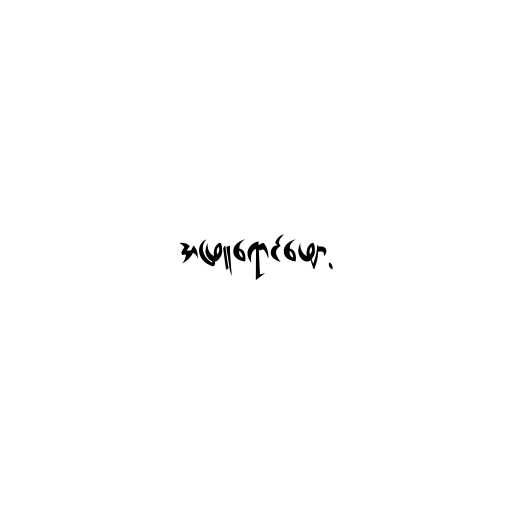
အဖြူရောင်ဖျော့